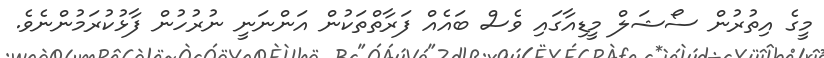
މީގެ އިތުރުން ސޯޝަލް މީޑިއާގައި ވެސް ބައެއް ފަރާތްތަކުން އަންނަނީ ނުރުހުން ފާޅުކުރަމުންނެވެ.